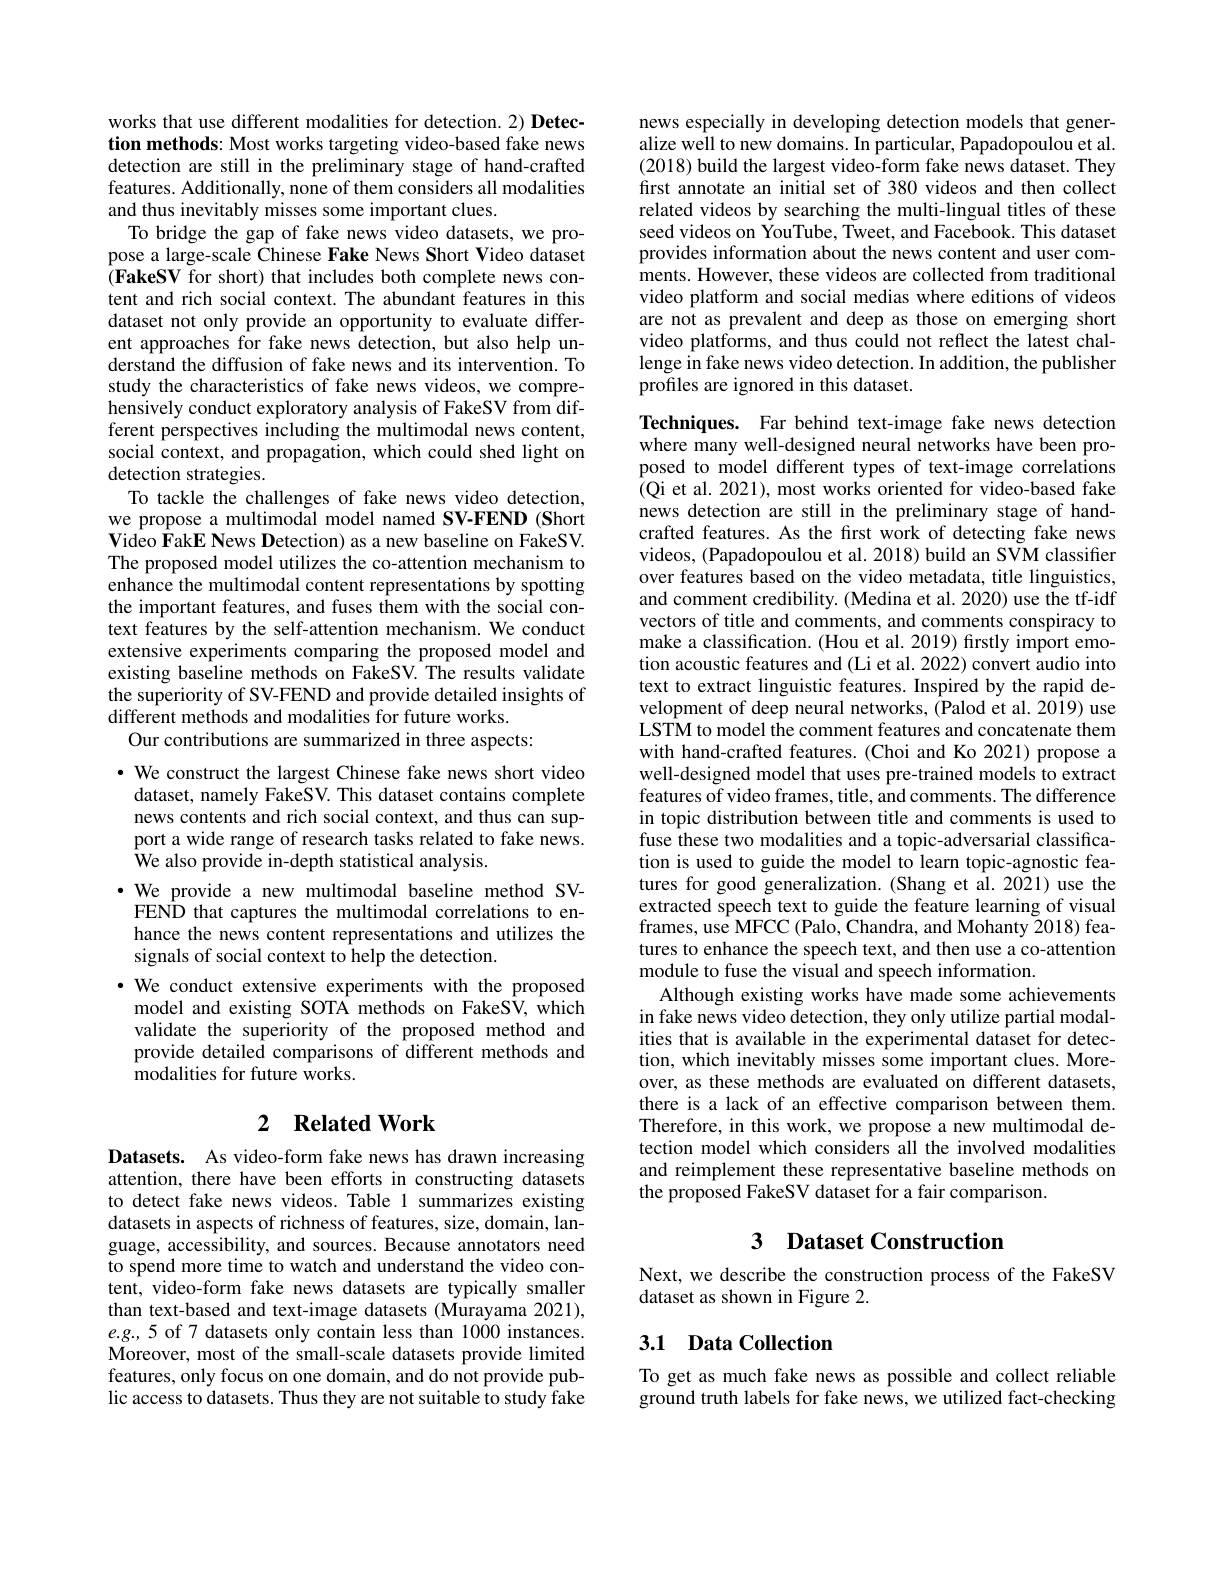
works that use different modalities for detection. 2) Detection methods: Most works targeting video-based fake news detection are still in the preliminary stage of hand-crafted features. Additionally, none of them considers all modalities and thus inevitably misses some important clues.
To bridge the gap of fake news video datasets, we propose a large-scale Chinese Fake News Short Video dataset $( \textbf{FakeSV for short) that includes both complete news con- }$ tent and rich social context. The abundant features in this dataset not only provide an opportunity to evaluate different approaches for fake news detection, but also help understand the diffusion of fake news and its intervention. To study the characteristics of fake news videos, we comprehensively conduct exploratory analysis of FakeSV from different perspectives including the multimodal news content, social context, and propagation, which could shed light on detection strategies.
To tackle the challenges of fake news video detection, we propose a multimodal model named SV-FEND (Short Video FakE News Detection) as a new baseline on FakeSV. The proposed model utilizes the co-attention mechanism to enhance the multimodal content representations by spotting the important features, and fuses them with the social context features by the self-attention mechanism. We conduct extensive experiments comparing the proposed model and existing baseline methods on FakeSV. The results validate the superiority of SV-FEND and provide detailed insights of different methods and modalities for future works.
Our contributions are summarized in three aspects:
· We construct the largest Chinese fake news short video

dataset, namely FakeSV. This dataset contains complete news contents and rich social context, and thus can support a wide range of research tasks related to fake news. We also provide in-depth statistical analysis.
·We provide a new multimodal baseline method SVFEND that captures the multimodal correlations to enhance the news content representations and utilizes the signals of social context to help the detection.
·We conduct extensive experiments with the proposed
model and existing SOTA methods on FakeSV, which validate the superiority of the proposed method and provide detailed comparisons of different methods and modalities for future works.

## 2 $\textbf{Related Work}$

Datasets. As video-form fake news has drawn increasing attention, there have been efforts in constructing datasets to detect fake news videos. Table 1 summarizes existing datasets in aspects of richness of features, size, domain, language, accessibility, and sources. Because annotators need to spend more time to watch and understand the video content, video-form fake news datasets are typically smaller than text-based and text-image datasets (Murayama 2021), $e.g.,5$ of 7 datasets only contain less than 1000 instances. Moreover, most of the small-scale datasets provide limited features, only focus on one domain, and do not provide public access to datasets. Thus they are not suitable to study fake

news especially in developing detection models that generalize well to new domains. In particular, Papadopoulou et al. (2018) build the largest video-form fake news dataset. They first annotate an initial set of 380 videos and then collect related videos by searching the multi-lingual titles of these seed videos on YouTube, Tweet, and Facebook. This dataset provides information about the news content and user comments. However, these videos are collected from traditional video platform and social medias where editions of videos are not as prevalent and deep as those on emerging short video platforms, and thus could not reflect the latest challenge in fake news video detection. In addition, the publisher profiles are ignored in this dataset.

Techniques. Far behind text-image fake news detection where many well-designed neural networks have been proposed to model different types of text-image correlations (Qi et al. 2021), most works oriented for video-based fake news detection are still in the preliminary stage of handcrafted features. As the first work of detecting fake news videos, (Papadopoulou et al. 2018) build an SVM classifier over features based on the video metadata, title linguistics, and comment credibility. (Medina et al. 2020) use the tf-idf vectors of title and comments, and comments conspiracy to make a classification. (Hou et al. 2019) firstly import emotion acoustic features and (Li et al. 2022) convert audio into text to extract linguistic features. Inspired by the rapid development of deep neural networks, (Palod et al. 2019) use LSTM to model the comment features and concatenate them with hand-crafted features. (Choi and Ko 2021) propose a well-designed model that uses pre-trained models to extract features of video frames, title, and comments. The difference in topic distribution between title and comments is used to fuse these two modalities and a topic-adversarial classification is used to guide the model to learn topic-agnostic features for good generalization. (Shang et al.2021) use the extracted speech text to guide the feature learning of visual frames, use MFCC (Palo, Chandra, and Mohanty 2018) features to enhance the speech text, and then use a co-attention module to fuse the visual and speech information.
Although existing works have made some achievements in fake news video detection, they only utilize partial modalities that is available in the experimental dataset for detection, which inevitably misses some important clues. Moreover, as these methods are evaluated on different datasets, there is a lack of an effective comparison between them. Therefore, in this work, we propose a new multimodal detection model which considers all the involved modalities and reimplement these representative baseline methods on the proposed FakeSV dataset for a fair comparison.

# 3 Dataset Construction

Next, we describe the construction process of the FakeSV
dataset as shown in Figure 2.

## 3.1 Data Collection

To get as much fake news as possible and collect reliable ground truth labels for fake news, we utilized fact-checking